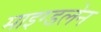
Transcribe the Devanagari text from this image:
माइग्डलेन